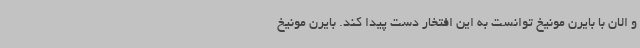
و الان با بایرن مونیخ توانست به این افتخار دست پیدا کند. بایرن مونیخ